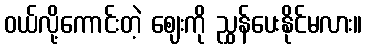
ဝယ်လို့ကောင်းတဲ့ ဈေးကို ညွှန်ပေးနိုင်မလား။